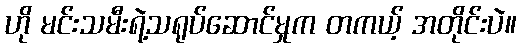
ဟို မင်းသမီးရဲ့သရုပ်ဆောင်မှုက တကယ့် အတိုင်းပဲ။